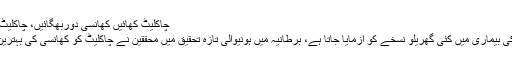
چاکلیٹ کھائیں کھانسی دوربھگائیں، چاکلیٹ بنی کھانسی کی دوا -
عام طور پر کھانسی کی بیماری میں کئی گھریلو نسخے کو آزمایا جاتا ہے، برطانیہ میں ہونیوالی تازہ تحقیق میں محققین نے چاکلیٹ کو کھانسی کی بہترین دوا قرار دے دیا ہے۔